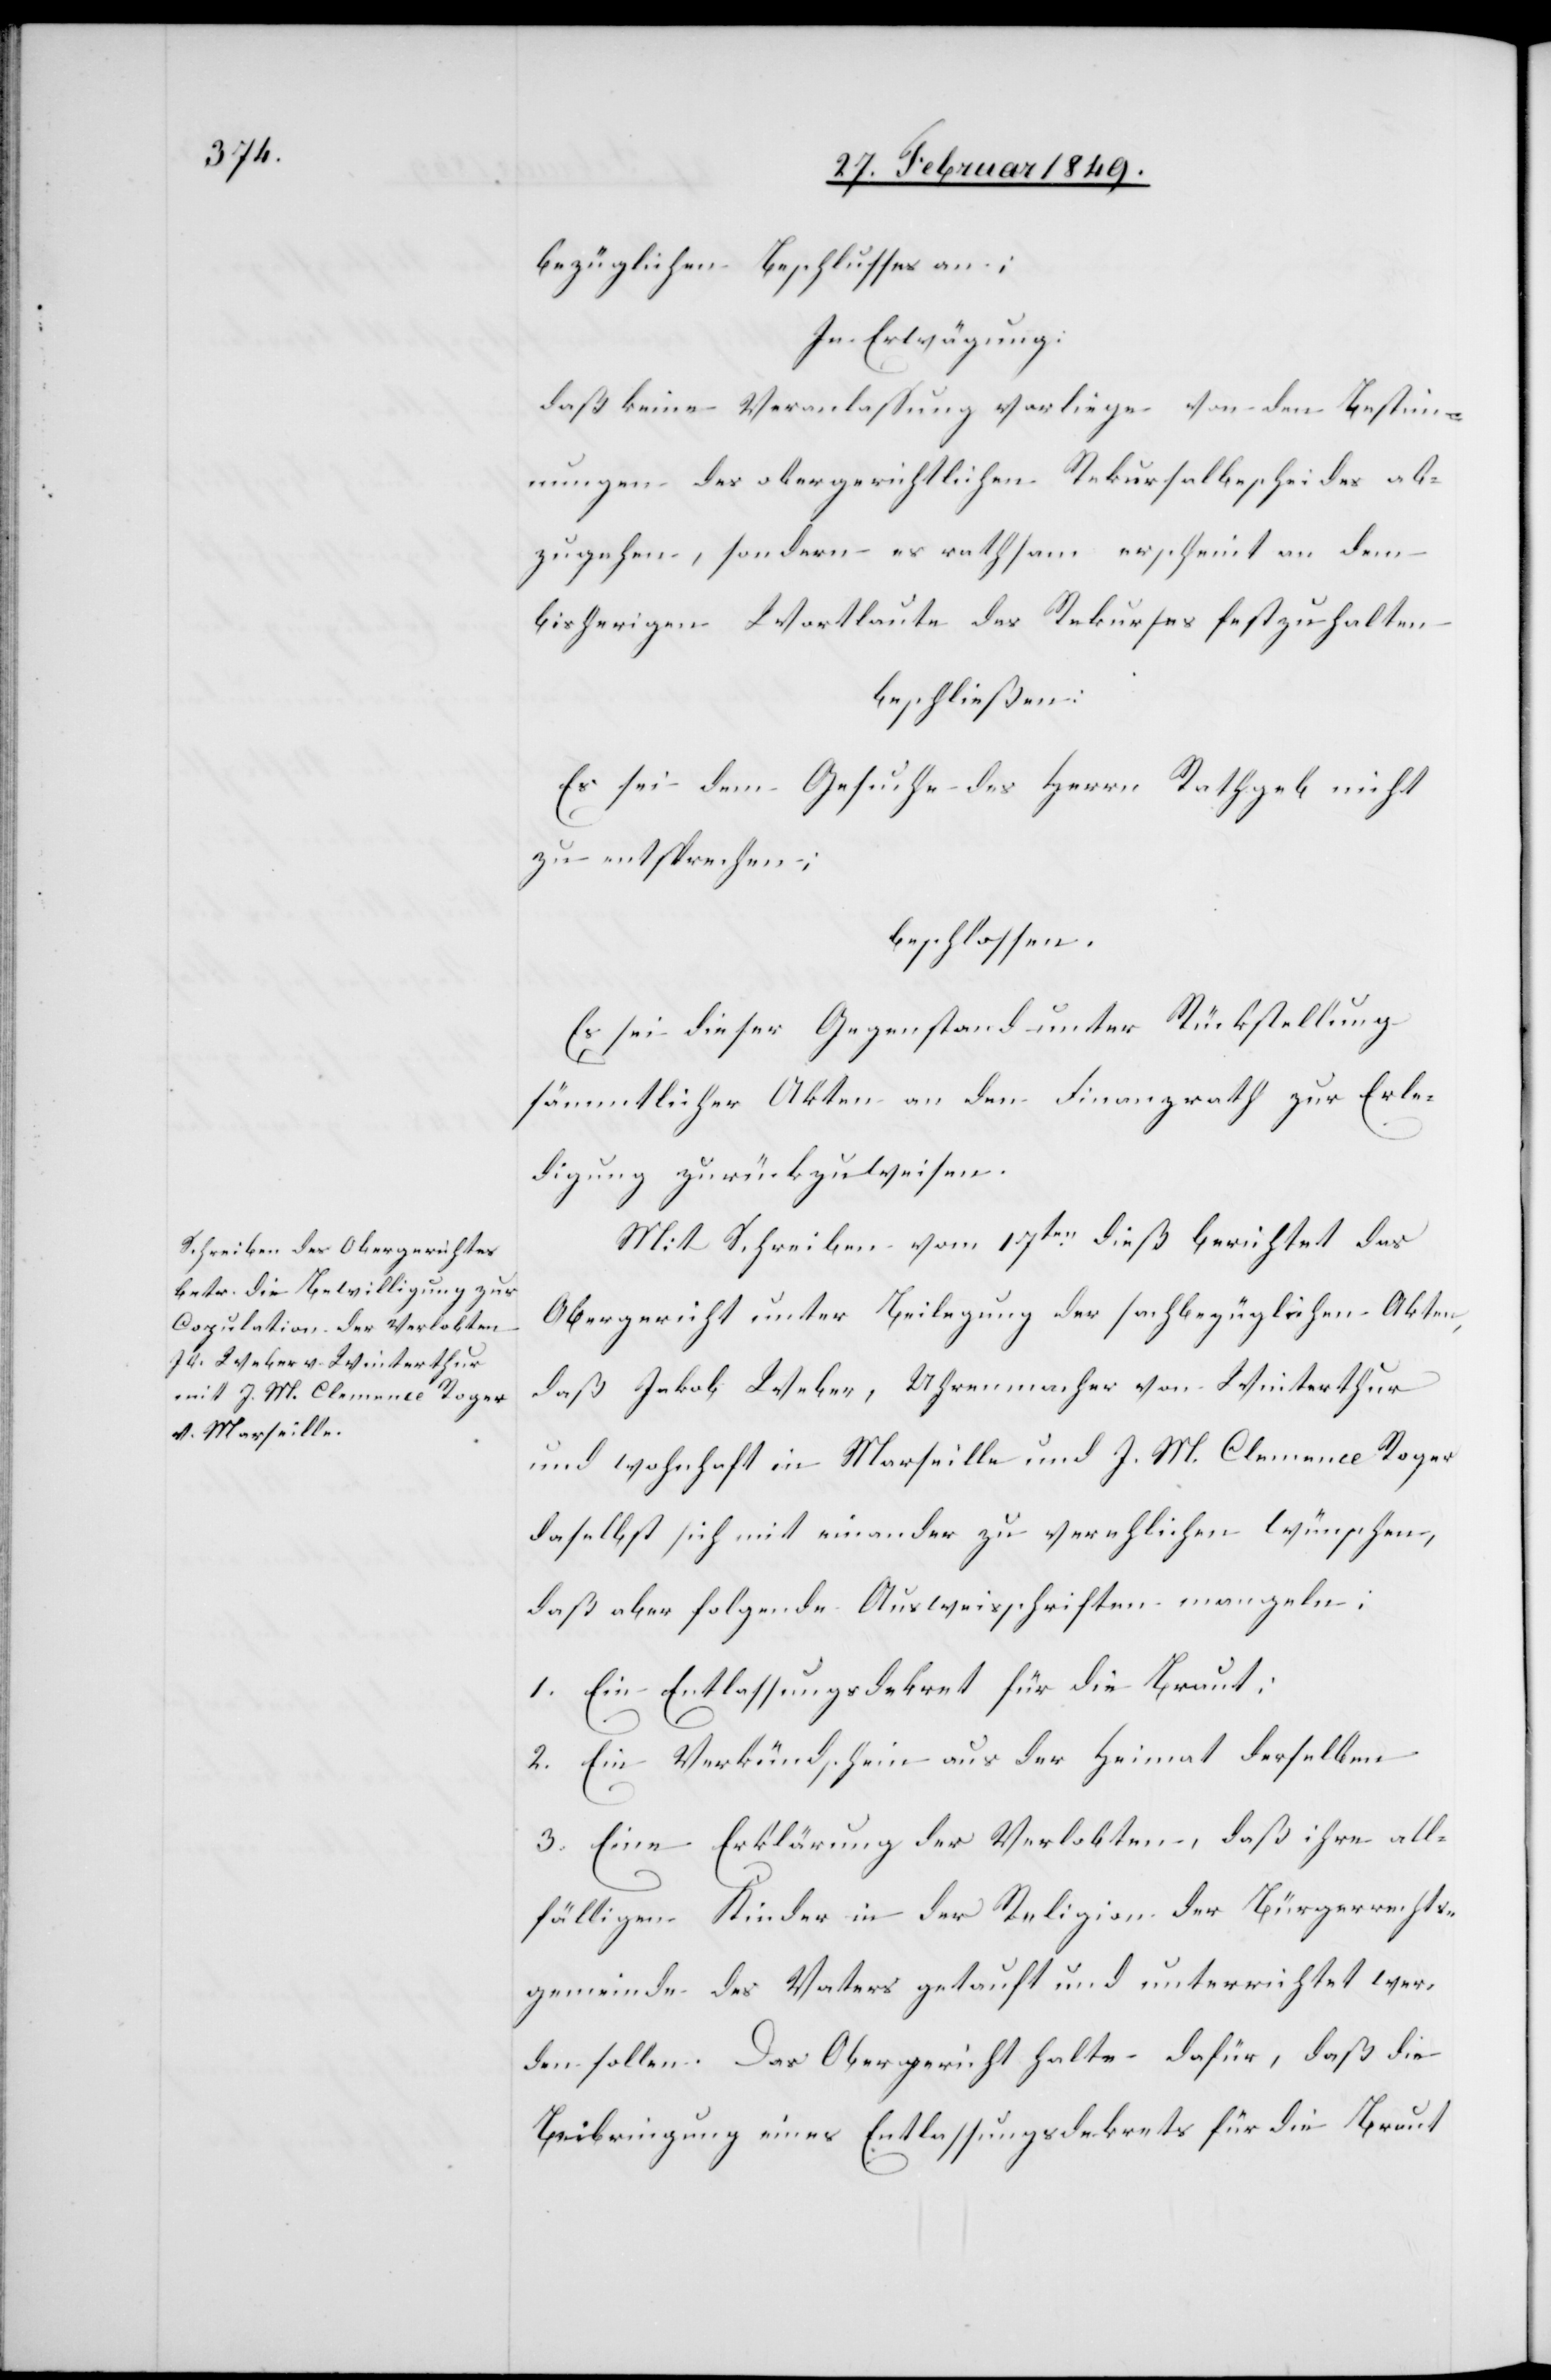
bezüglichen Beschlusses an;
In Erwägung:
daß keine Veranlassung vorliege von den Bestim¬
mungen des obergerichtlichen Rekursalbescheides ab¬
zugehen, sondern es rathsam erscheint an dem
bisherigen Wortlaute des Rekurses festzuhalten
beschließen:
Es sei dem Gesuche des Herrn Rathgeb nicht
zu entsprechen;
beschlossen.
Es sei dieser Gegenstand unter Rückstellung
sämmtlicher Akten an den Finanzrath zur Erle¬
digung zurückzuweisen.
Mit Schreiben vom 17ten. dieß berichtet das
Obergericht unter Beilegung der sachbezüglichen Akten,
daß Jakob Weber, Uhrenmacher von Winterthur
und wohnhaft in Marseille und J. M. Clemence Roger
daselbst sich mit einander zu verehlichen wünschen,
daß aber folgende Ausweisschriften mangeln:
1. Ein Entlassungsdekret für die Braut;
2. Ein Verkündschein aus der Heimat derselben
3. Eine Erklärung der Verlobten, daß ihre all¬
fälligen Kinder in der Religion der Bürgerrechts¬
gemeinde des Vaters getauft und unterrichtet wer¬
den sollen. Das Obergericht halte dafür, daß die
Beibringung eines Entlassungsdekrets für die Braut